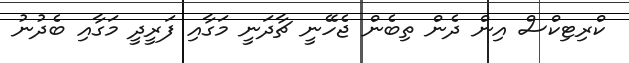
ކްރިޓިކްސް އިން ދެން ތިބެން ޖެހޭނީ ޗާދަނީ މަގާއި ފަރީދީ މަގާއި ބެދުނު